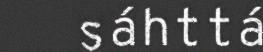
sáhttá